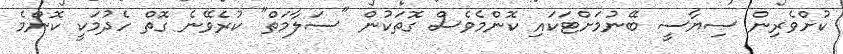
ކުށްވެރިން ސިޔާސީ ބޭނުމަށްޓަކައި ކޮންމެވެސް ގޮތަކުން "ސަލާމަތް" ކުރެވޭނެ ގޮތް ހެދުމަކީ ކޮންމެ